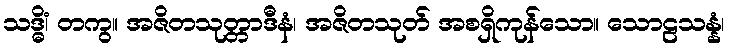
သဒ္ဓိံ၊ တကွ။ အဇိတသုတ္တာဒီနံ၊ အဇိတသုတ် အစရှိကုန်သော။ သောဠသန္နံ၊